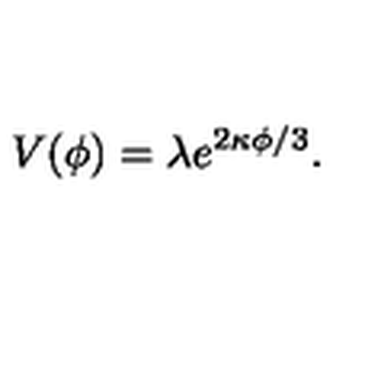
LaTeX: V ( \phi ) = \lambda e ^ { 2 \kappa \phi / 3 } .